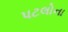
પટલોના